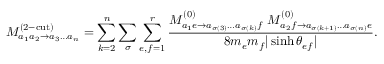
M _ { a _ { 1 } a _ { 2 } \to a _ { 3 } \dots a _ { n } } ^ { ( 2 \mathrm { - c u t } ) } = \sum _ { k = 2 } ^ { n } \sum _ { \sigma } \sum _ { e , f = 1 } ^ { r } \frac { M _ { a _ { 1 } e \to a _ { \sigma ( 3 ) } \dots a _ { \sigma ( k ) } f } ^ { ( 0 ) } \ M _ { a _ { 2 } f \to a _ { \sigma ( k + 1 ) } \dots a _ { \sigma ( n ) } e } ^ { ( 0 ) } } { 8 m _ { e } m _ { f } | \sinh { \theta _ { e f } } | } .